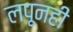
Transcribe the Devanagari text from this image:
लपूनही